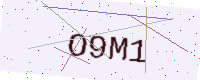
Text: O9M1